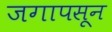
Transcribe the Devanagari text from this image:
जगापसून